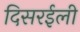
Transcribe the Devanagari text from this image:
दिसरईली